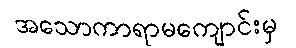
အသောကာရာမကျောင်းမှ